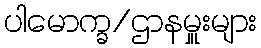
ပါမောက္ခ/ဌာနမှူးများ